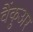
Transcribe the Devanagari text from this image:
वैंकुअर